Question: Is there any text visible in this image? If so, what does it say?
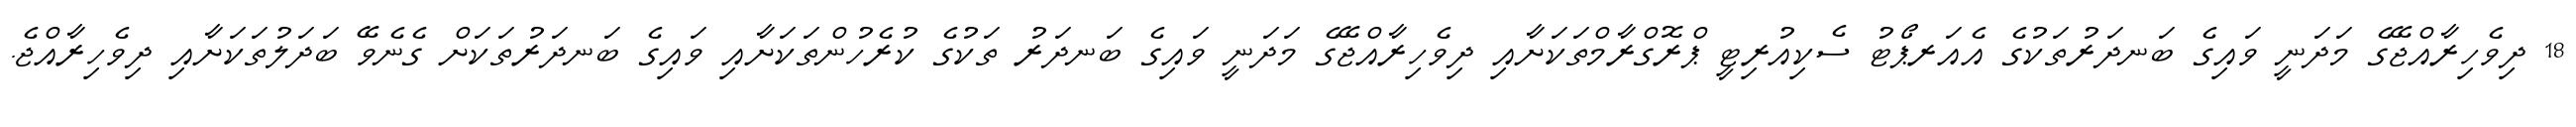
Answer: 18 ދިވެހިރާއްޖޭގެ މަދަނީ ވައިގެ ބަނދަރުތަކުގެ އެއަރޕޯޓު ސެކިއުރިޓީ ޕްރޮގްރާމްތަކަށާއި ދިވެހިރާއްޖޭގެ މަދަނީ ވައިގެ ބަނދަރު ތަކުގެ ކުރެހުންތަކަށާއި ވައިގެ ބަނދަރުތަކަށް ގެނެވޭ ބަދަލުތަކަށާއި ދިވެހިރާއްޖެ.